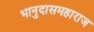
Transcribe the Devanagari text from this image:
भानुदासमहाराज